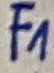
Text: F1